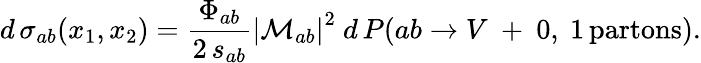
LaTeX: d\, \sigma_{ab}(x_{1},x_{2})=\frac{\Phi_{ab}}{2\, s_{ab}}\left|{\cal M}_{ab}\right|^{2}\ d\, P(ab\to V\ +\ 0,~1\, \mathrm{partons}).